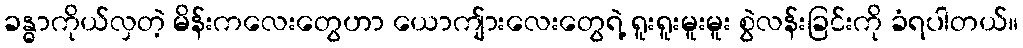
ခန္ဓာကိုယ်လှတဲ့ မိန်းကလေးတွေဟာ ယောကျ်ားလေးတွေရဲ့ ရူးရူးမူးမူး စွဲလန်းခြင်းကို ခံရပါတယ်။